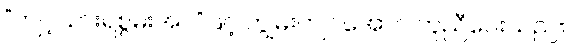
“ကျင့်သားရစွမ်းအင်”ဖြင့် ကျွမ်းကျင်အောင် ကူညီပေးသည်။